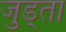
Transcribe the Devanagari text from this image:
जुड्ता